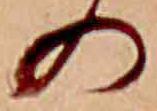
の